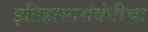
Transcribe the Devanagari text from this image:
इतिहासासंबंधीचा